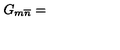
G _ { m \overline { { n } } } =